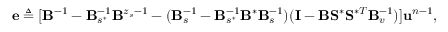
\mathbf { e } \triangleq [ \mathbf { B } ^ { - 1 } - \mathbf { B } _ { s ^ { \ast } } ^ { - 1 } \mathbf { B } ^ { z _ { s } - 1 } - ( \mathbf { B } _ { s } ^ { - 1 } - \mathbf { B } _ { s ^ { \ast } } ^ { - 1 } \mathbf { B } ^ { \ast } \mathbf { B } _ { s } ^ { - 1 } ) ( \mathbf { I } - \mathbf { B } \mathbf { S } ^ { \ast } \mathbf { S } ^ { \ast T } \mathbf { B } _ { v } ^ { - 1 } ) ] \ensuremath { \mathbf { u } } ^ { n - 1 } ,